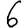
Digit: 6